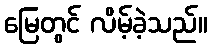
မြေတွင် လိမ့်ခဲ့သည်။